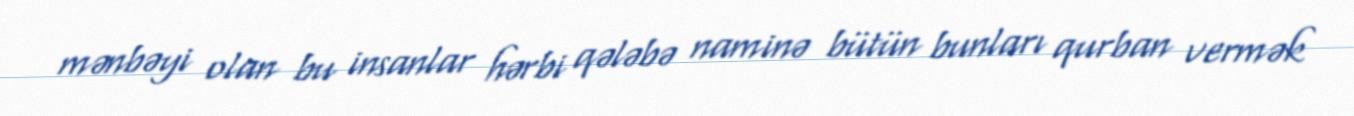
mənbəyi olan bu insanlar hərbi qələbə naminə bütün bunları qurban vermək